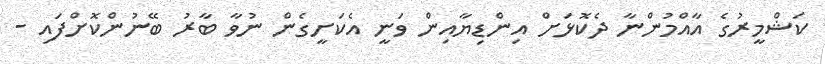
ކަޝްމީރުގެ އާއްމުންނާ ދެކޮޅަށް އިންޑިޔާއިން ވަނީ އެކަށީގެން ނުވާ ބާރު ބޭނުންކޮށްފައި -